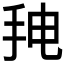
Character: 𰓒